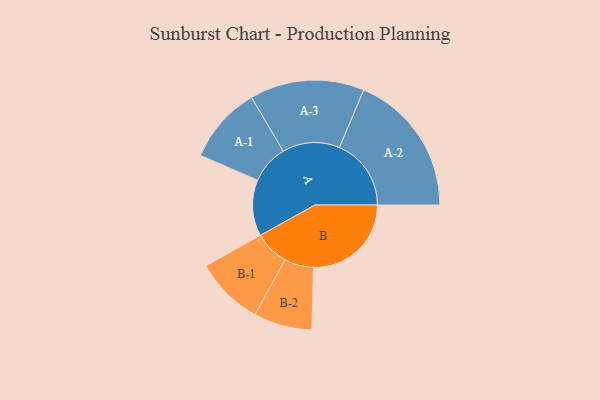
{"axis": {"x": "Segment", "y": "Value"}, "legend": ["", "A", "B"], "data": [{"x": "A", "y": 220, "type": ""}, {"x": "B", "y": 383, "type": ""}, {"x": "A-1", "y": 151, "type": "A"}, {"x": "A-2", "y": 281, "type": "A"}, {"x": "A-3", "y": 224, "type": "A"}, {"x": "B-1", "y": 135, "type": "B"}, {"x": "B-2", "y": 114, "type": "B"}]}